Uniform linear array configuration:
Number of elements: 16
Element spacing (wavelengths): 1
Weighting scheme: blackman
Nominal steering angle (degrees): -45
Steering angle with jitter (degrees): -46.203
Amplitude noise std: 0.05
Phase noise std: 0.05

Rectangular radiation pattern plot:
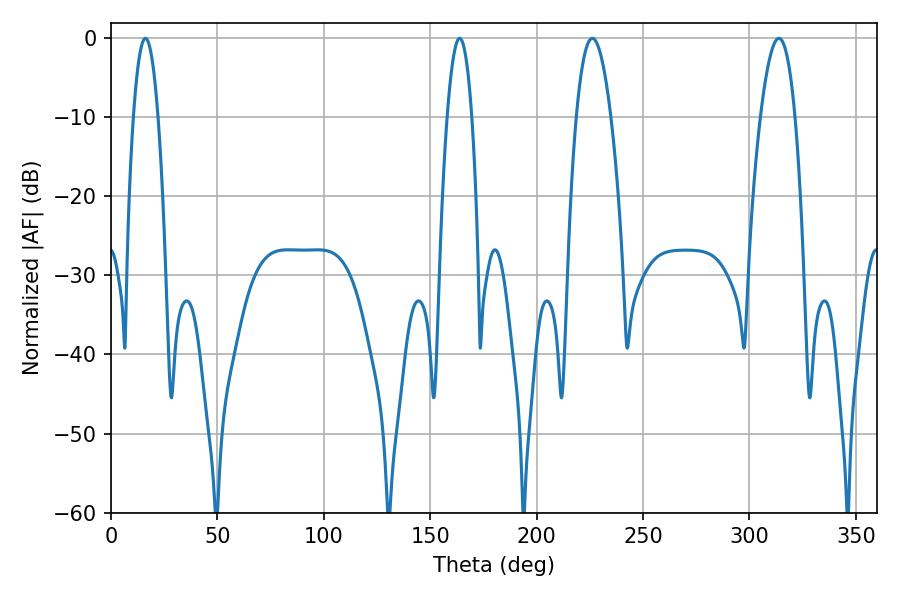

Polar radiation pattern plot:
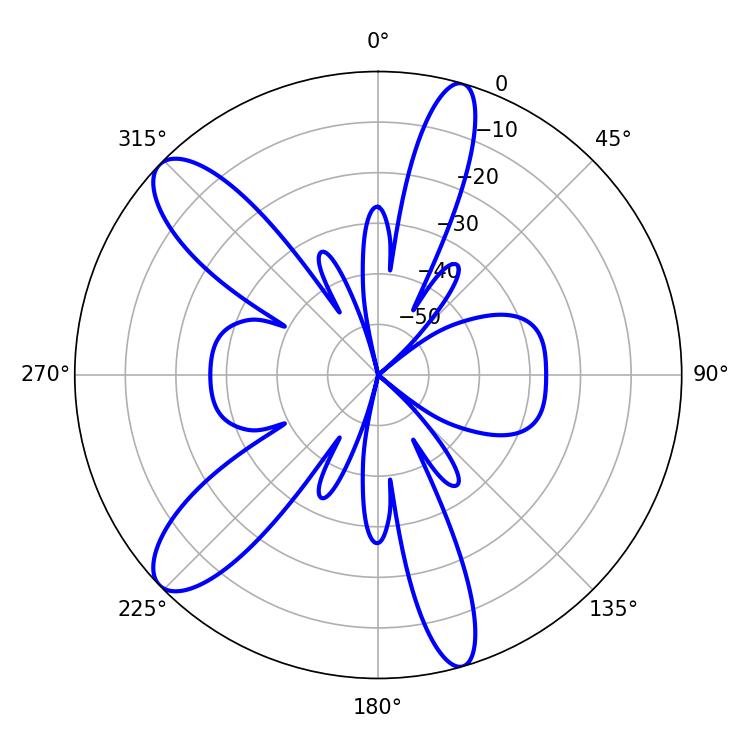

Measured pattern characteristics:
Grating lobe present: TRUE
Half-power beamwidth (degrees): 6.48
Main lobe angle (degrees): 16.2